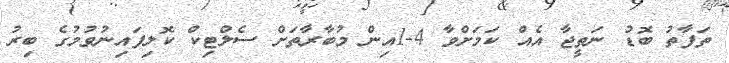
ތަފާތު ބޮޑު ނަތީޖާ އެއް ކަމަށްވާ 4-1އިން މުބާރާތަށް ސެލްޓިކް ކޮލިފައިނުވުމުގެ ބިރު